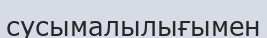
сусымалылығымен